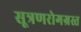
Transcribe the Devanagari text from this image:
सूत्रणरोगग्रस्त